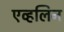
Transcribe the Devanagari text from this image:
एव्हलिन